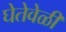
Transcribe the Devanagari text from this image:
घेतेवेळी